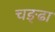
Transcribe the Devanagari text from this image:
चङ्ढा